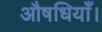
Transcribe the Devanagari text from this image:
औषधियाँ।